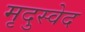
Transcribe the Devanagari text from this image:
मृदुस्वेद